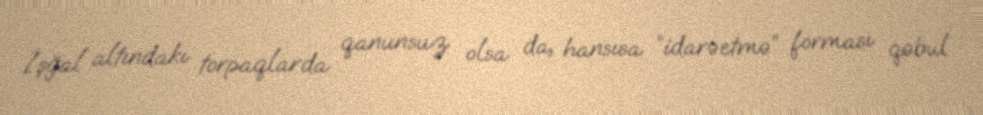
İşğal altındakı torpaqlarda qanunsuz olsa da, hansısa “idarəetmə” forması qəbul